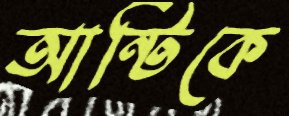
আন্টিকে